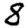
Digit: 8